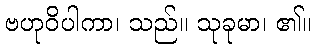
ဗဟုဝိပါကာ၊ သည်။ သုခုမာ၊ ၏။